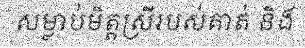
សម្លាប់មិត្តស្រីរបស់គាត់ និង